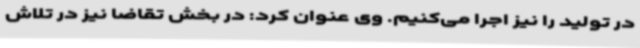
در تولید را نیز اجرا می‌کنیم. وی عنوان کرد: در بخش تقاضا نیز در تلاش